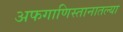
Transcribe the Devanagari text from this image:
अफगाणिस्तानातल्या